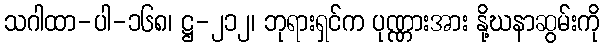
သဂါထာ-ပါ-၁၆၈၊ ဋ္ဌ-၂၁၂၊ ဘုရားရှင်က ပုဏ္ဏားအား နို့ဃနာဆွမ်းကို